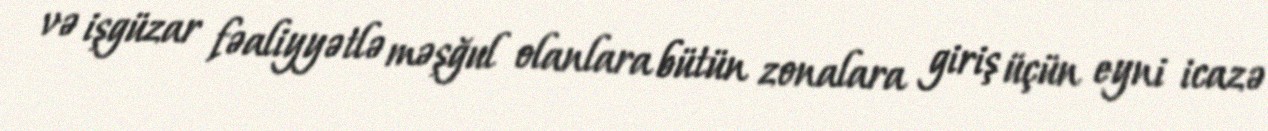
və işgüzar fəaliyyətlə məşğul olanlara bütün zonalara giriş üçün eyni icazə